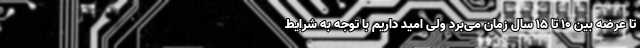
تا عرضه بین ۱۰ تا ۱۵ سال زمان می‌برد ولی امید داریم با توجه به شرایط